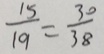
\frac { 1 5 } { 1 9 } = \frac { 3 0 } { 3 8 }